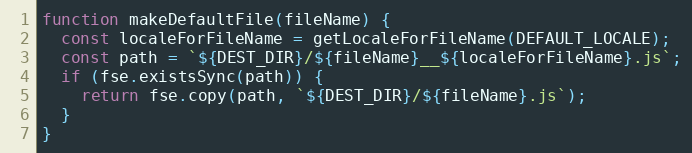
Language: JavaScript
function makeDefaultFile(fileName) {
  const localeForFileName = getLocaleForFileName(DEFAULT_LOCALE);
  const path = `${DEST_DIR}/${fileName}__${localeForFileName}.js`;
  if (fse.existsSync(path)) {
    return fse.copy(path, `${DEST_DIR}/${fileName}.js`);
  }
}